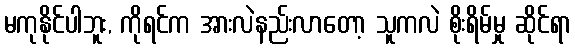
မကုနိုင်ပါဘူး, ကိုရင်က အားလဲနည်းလာတော့ သူကလဲ စိုးရိမ်မှု ဆိုင်ရာ